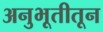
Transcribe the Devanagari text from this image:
अनुभूतीतून